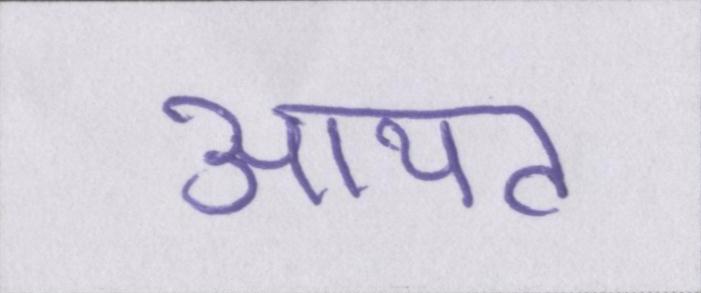
आयत